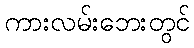
ကားလမ်းဘေးတွင်